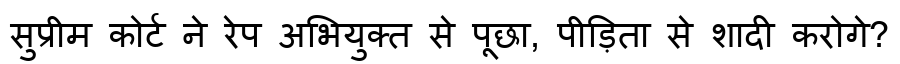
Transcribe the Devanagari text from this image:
सुप्रीम कोर्ट ने रेप अभियुक्त से पूछा, पीड़िता से शादी करोगे?